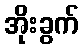
အိုးခွက်